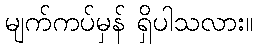
မျက်ကပ်မှန် ရှိပါသလား။